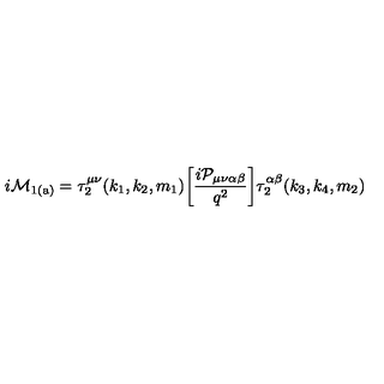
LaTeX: { i \cal M } _ { \mathrm { 1 ( a ) } } = \tau _ { 2 } ^ { \mu \nu } ( k _ { 1 } , k _ { 2 } , m _ { 1 } ) \bigg [ \frac { i { \cal P } _ { \mu \nu \alpha \beta } } { q ^ { 2 } } \bigg ] \tau _ { 2 } ^ { \alpha \beta } ( k _ { 3 } , k _ { 4 } , m _ { 2 } )